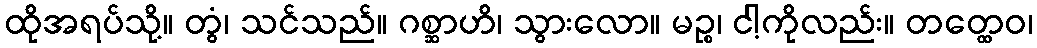
ထိုအရပ်သို့။ တွံ၊ သင်သည်။ ဂစ္ဆာဟိ၊ သွားလော။ မဉ္စ၊ ငါ့ကိုလည်း။ တတ္ထေဝ၊